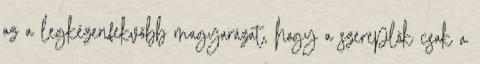
az a legkézenfekvőbb magyarázat, hogy a szereplők csak a